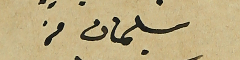
سليمان من